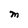
Character: M